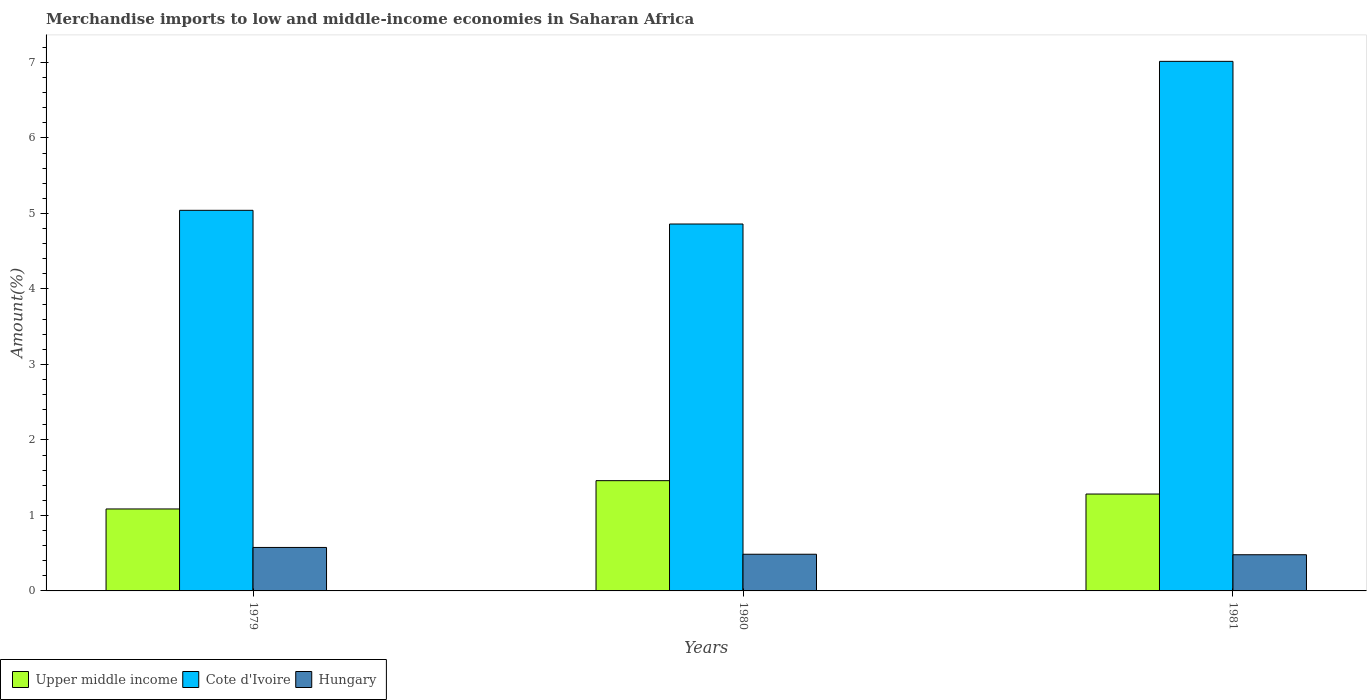
| Years | Upper middle income | Cote d'Ivoire | Hungary |
 | --- | --- | --- | --- |
 | 1979 | 1.09 | 5.04 | 0.576 |
 | 1980 | 1.46 | 4.86 | 0.486 |
 | 1981 | 1.28 | 7.01 | 0.479 |